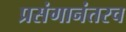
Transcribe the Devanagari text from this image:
प्रसंगानंतरच